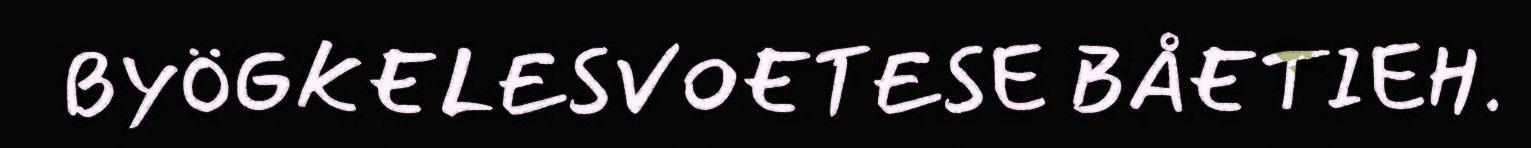
BYÖGKELESVOETESE BÅETIEH.